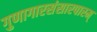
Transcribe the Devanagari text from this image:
गुणागारसंसारपारम्